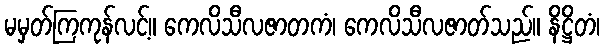
မမှတ်ကြကုန်လင့်။ ကေလိသီလဇာတကံ၊ ကေလိသီလဇာတ်သည်။ နိဋ္ဌိတံ၊